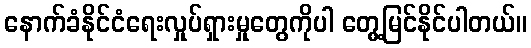
နောက်ခံနိုင်ငံရေးလှုပ်ရှားမှုတွေကိုပါ တွေ့မြင်နိုင်ပါတယ်။